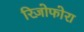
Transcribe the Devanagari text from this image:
रिज़ोफोरा